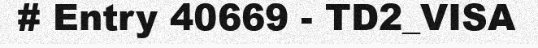
# Entry 40669 - TD2_VISA